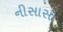
નીસાસો